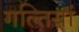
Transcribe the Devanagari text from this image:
गल्तियां